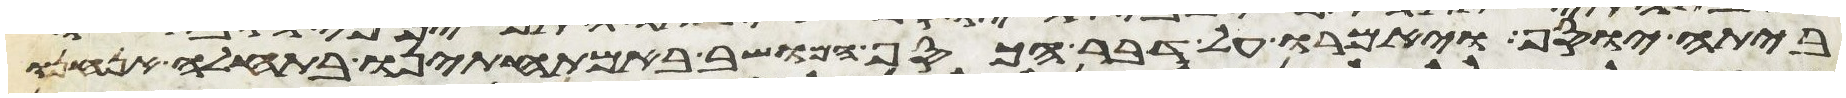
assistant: ביתה יוסף ויאמרו על דבר הכסף המושב באמתחתינו בתחלה אנחנו